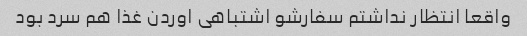
واقعا انتظار نداشتم سفارشو اشتباهی اوردن غذا هم سرد بود